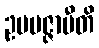
ဥပပဇ္ဇာမီတိ